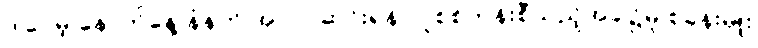
ဒါပေမဲ့ နောက်နေ့ နံနက် အလုပ်ဆင်းရန် လူစစ်တန်းစီသည့်အခါ၌မူ စခန်းမှူး